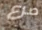
صرع